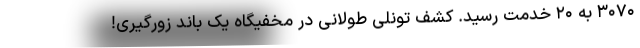
۳۰۷۰ به ۲۰ خدمت رسید. کشف تونلی طولانی در مخفیگاه یک باند زورگیری!